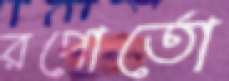
রপোর্তো